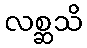
လစ္ဆသိ